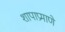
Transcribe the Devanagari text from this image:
शापाप्रमाणे